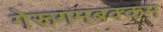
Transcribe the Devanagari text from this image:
गेरूगमबक्कम